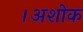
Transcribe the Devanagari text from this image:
।अशोक